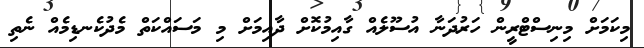
މިކަމަށް މިނިސްޓްރީން ހަރުދަނާ އުސޫލެއް ގާއިމުކޮށް ދާއިމަށް މި މަސައްކަތް މެދުކެނޑިމެއް ނެތި